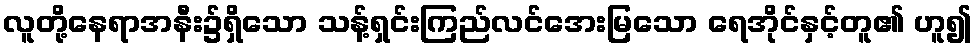
လူတို့နေရာအနီး၌ရှိသော သန့်ရှင်းကြည်လင်အေးမြသော ရေအိုင်နှင့်တူ၏ ဟူ၍